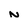
Character: N